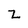
Character: Z